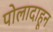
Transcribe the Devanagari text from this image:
पोलादाहून